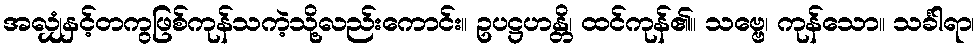
အလျှံနှင့်တကွဖြစ်ကုန်သကဲ့သို့လည်းကောင်း။ ဥပဋ္ဌဟန္တိ၊ ထင်ကုန်၏။ သဗ္ဗေ၊ ကုန်သော။ သင်္ခါရာ၊